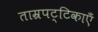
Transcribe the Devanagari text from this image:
ताम्रपट्टिकाएँ